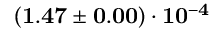
\mathbf { ( 1 . 4 7 \pm 0 . 0 0 ) \cdot 1 0 ^ { - 4 } }